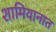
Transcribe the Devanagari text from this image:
शामियानात